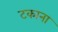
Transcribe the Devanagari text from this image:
टकाना